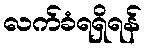
လက်ခံရရှိရန်